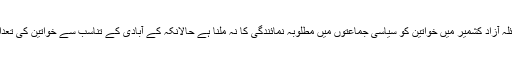
ایک بڑا مسئلہ آزاد کشمیر میں خواتین کو سیاسی جماعتوں میں مطلوبہ نمائندگی کا نہ ملنا ہے حالانکہ کے آبادی کے تناسب سے خواتین کی تعداد زیادہ ہے۔